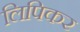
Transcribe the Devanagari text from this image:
लिपिकर